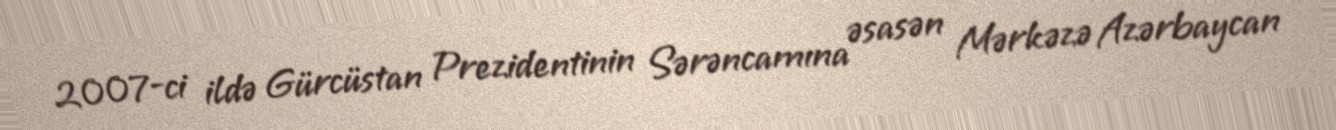
2007-ci ildə Gürcüstan Prezidentinin Sərəncamına əsasən Mərkəzə Azərbaycan